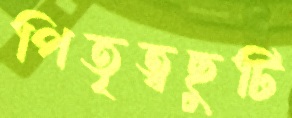
পিতৃত্বছুটি